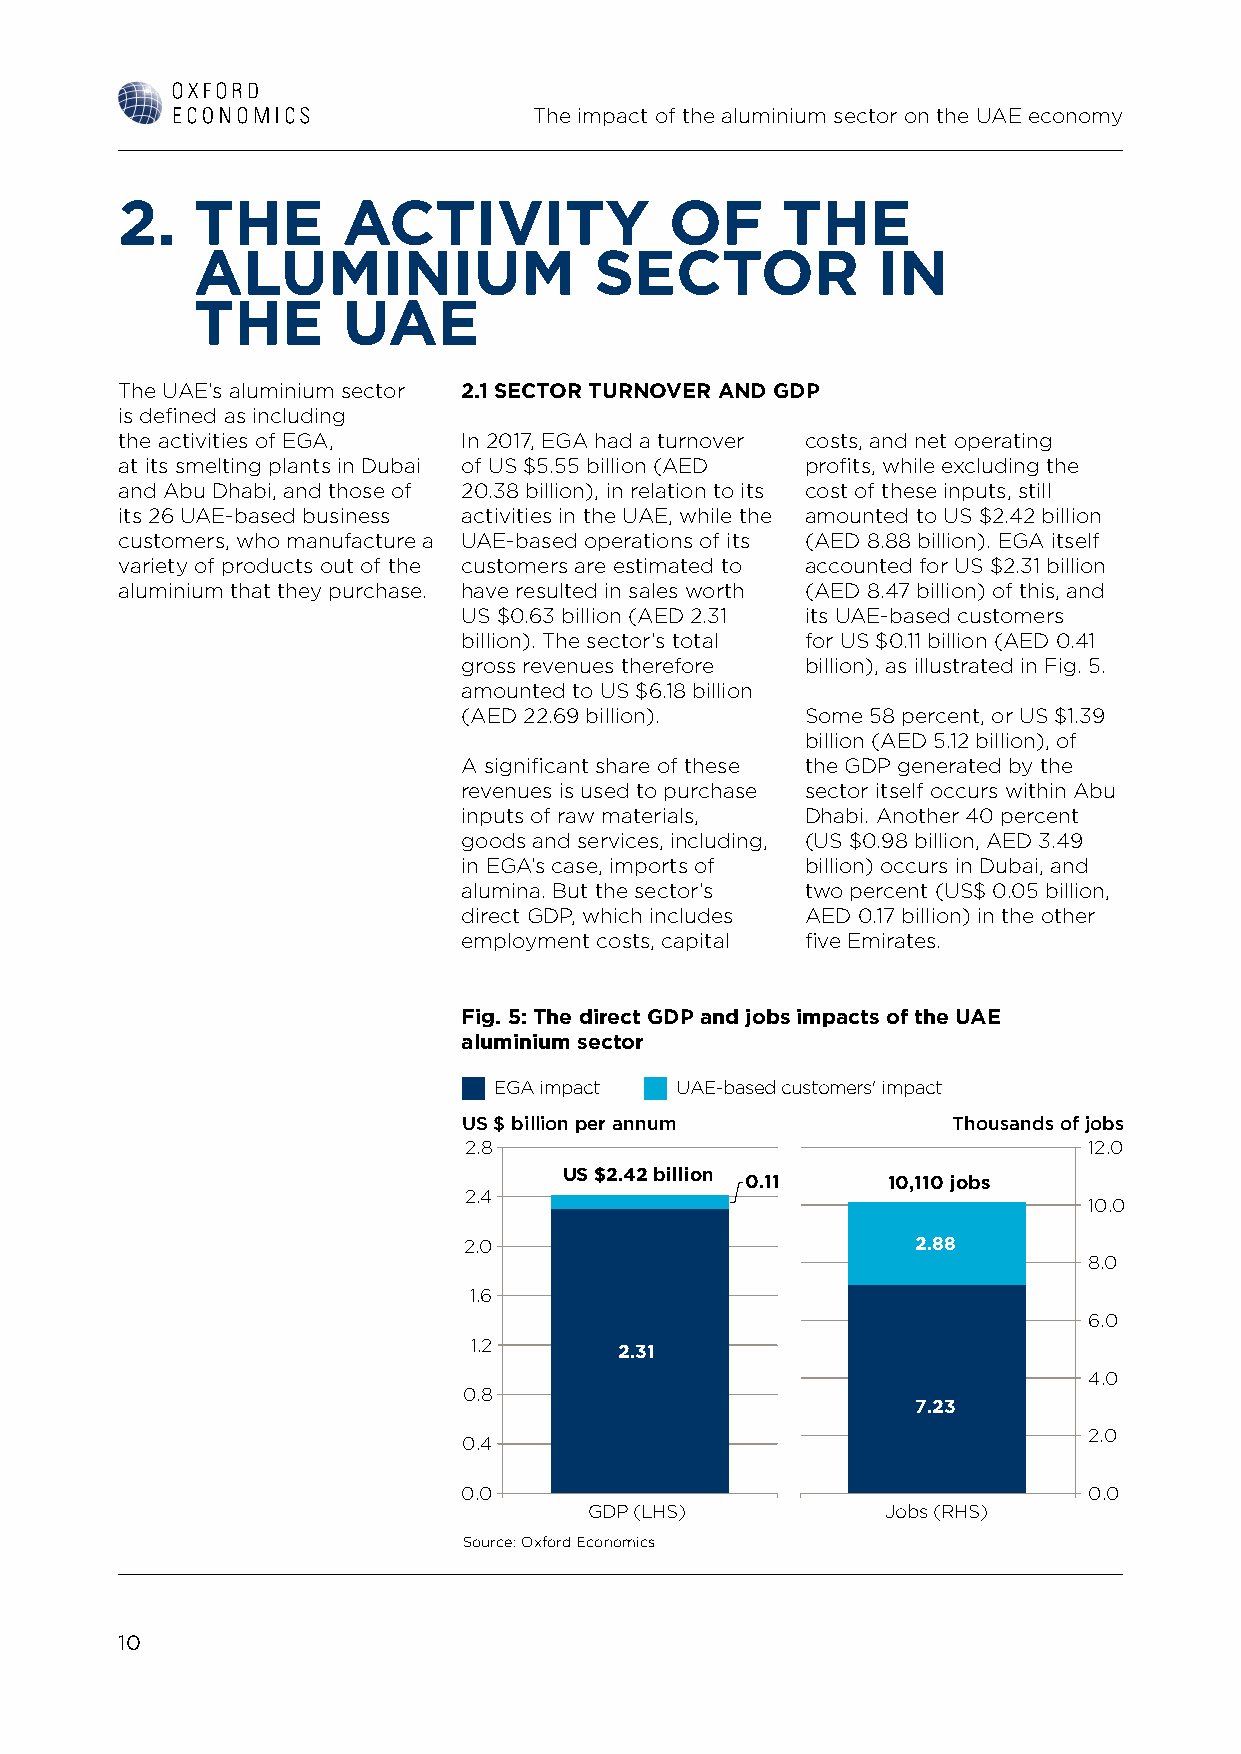
The impact of the aluminium sector on the UAE economy
 2.   THE       ACTIVITY             OF      THE
 ALUMINIUM                 SECTOR             IN
 THE       UAE
 The UAE’s aluminium sector 2.1 SECTOR TURNOVER AND GDP
 is defined as including
 the activities of EGA, In 2017, EGA had a turnover costs, and net operating
 at its smelting plants in Dubai of US $5.55 billion (AED profits, while excluding the
 and Abu Dhabi, and those of 20.38 billion), in relation to its cost of these inputs, still
 its 26 UAE-based business activities in the UAE, while the amounted to US $2.42 billion
 customers, who manufacture a UAE-based operations of its (AED 8.88 billion). EGA itself
 variety of products out of the customers are estimated to accounted for US $2.31 billion
 aluminium that they purchase. have resulted in sales worth (AED 8.47 billion) of this, and
 US $0.63 billion (AED 2.31 its UAE-based customers
 billion). The sector’s total for US $0.11 billion (AED 0.41
 gross revenues therefore billion), as illustrated in Fig. 5.
 amounted to US $6.18 billion
 (AED 22.69 billion).  Some 58 percent, or US $1.39
 billion (AED 5.12 billion), of
 A significant share of these the GDP generated by the
 revenues is used to purchase sector itself occurs within Abu
 inputs of raw materials, Dhabi. Another 40 percent
 goods and services, including, (US $0.98 billion, AED 3.49
 in EGA’s case, imports of billion) occurs in Dubai, and
 alumina. But the sector’s two percent (US$ 0.05 billion,
 direct GDP, which includes AED 0.17 billion) in the other
 employment costs, capital five Emirates.
 Fig. 5: The direct GDP and jobs impacts of the UAE
 aluminium sector
 EGA impact  UAE-based customers' impact
 US $ billion per annum          Thousands of jobs
 2.8                                      12.0
 US $2.42 billion
 0.11      10,110 jobs
 2.4
 10.0
 2.0                           2.88
 8.0
 1.6
 6.0
 1.2
 2.31
 4.0
 0.8
 7.23
 2.0
 0.4
 0.0                                      0.0
 GDP (LHS)           Jobs (RHS)
 Source: Oxford Economics
 10